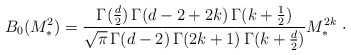
\begin{align*}B_{0}(M_{*}^{2})= \frac{\Gamma (\frac{d}{2})\,\Gamma (d-2+2k)\,\Gamma(k+\frac{1}{2})}{ \sqrt{\pi }\,\Gamma (d-2)\,\Gamma (2k+1)\,\Gamma(k+\frac{d}{2})}M_{\ast }^{2k}\ \cdot \end{align*}